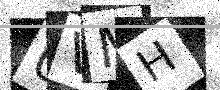
Text: 0VMH